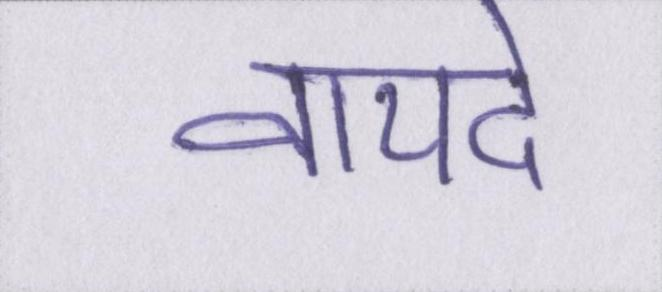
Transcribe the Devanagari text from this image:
वायदे